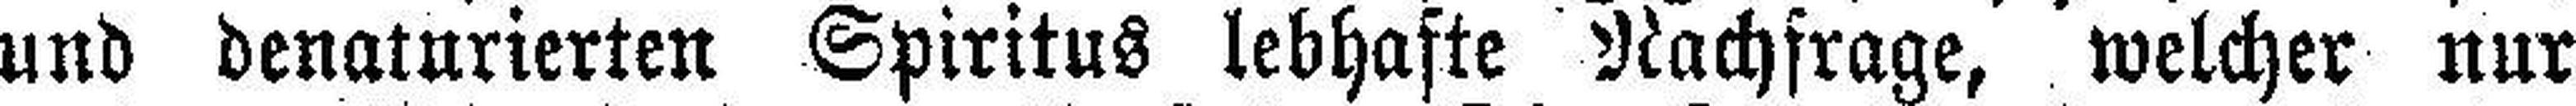
und denaturierten Spiritus lebhafte Nachfrage, welcher nur